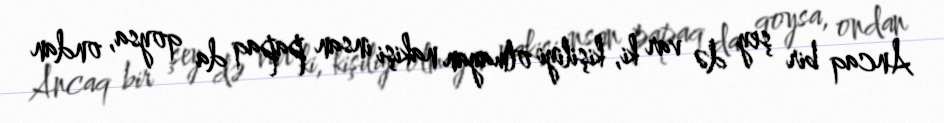
Ancaq bir şey də var ki, kişiliyi olmayan nakişi insan papaq da qoysa, ondan